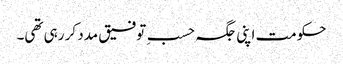
حکومت اپنی جگہ حسبِ توفیق مدد کر رہی تھی۔